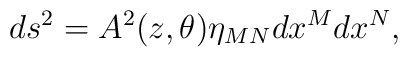
ds^{2}=A^{2}(z,\theta )\eta _{MN}dx^{M}dx^{N},